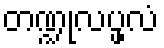
တဏ္ဍုလပ္ဖလံ